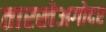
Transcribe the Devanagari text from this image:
तारखेअगोदर